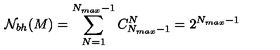
{ \cal N } _ { b h } ( M ) = \sum _ { N = 1 } ^ { N _ { m a x } - 1 } C _ { N _ { m a x } - 1 } ^ { N } = 2 ^ { N _ { m a x } - 1 }